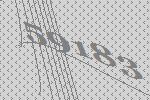
59183